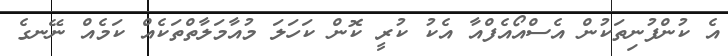
އެ ކުންފުނިތަކުން އެސްއޯއެފްއާ އެކު ކުރީ ކޮން ކަހަލަ މުއާމަލާތްތަކެއް ކަމެއް ނޭނގެ